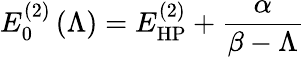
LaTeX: E_{0}^{(2)}\left(\Lambda\right)=E_{\mathrm{HP}}^{(2)}+\frac{\alpha}{\beta-\Lambda}